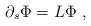
\begin{align*}\partial_s\Phi = L\Phi\ ,\end{align*}